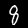
Digit: 8